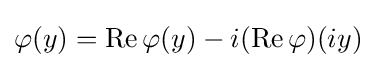
\varphi (y)=\operatorname {Re} \varphi (y)-i(\operatorname {Re} \varphi )(iy)